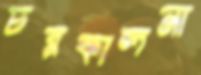
চরকালনা